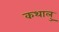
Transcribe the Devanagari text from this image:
कथालु